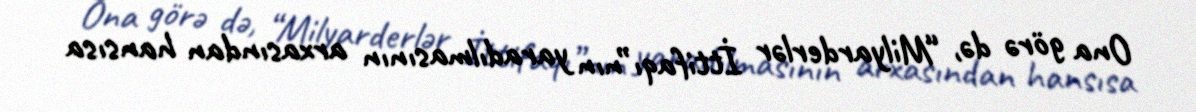
Ona görə də, “Milyarderlər İttifaqı”nın yaradılmasının arxasından hansısa